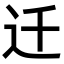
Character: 迁